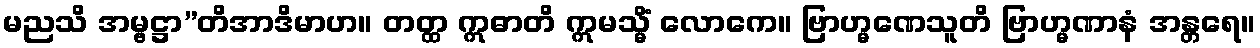
မညသိ အမ္ဗဋ္ဌာ”တိအာဒိမာဟ။ တတ္ထ ဣဓာတိ ဣမသ္မိံ လောကေ။ ဗြာဟ္မဏေသူတိ ဗြာဟ္မဏာနံ အန္တရေ။